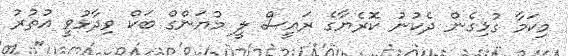
މިކަމާ ގުޅިގެން ދެކުނު ކޮރެޔާގެ ރައީސް ލީ މުޔަންގް ބަކް ވިދާޅުވީ އުތުރު